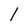
Character: l